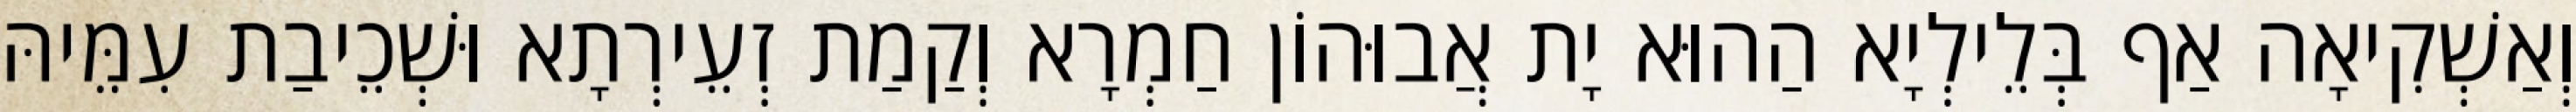
וְאַשְׁקִיאָה אַף בְּלֵילְיָא הַהוּא יָת אֲבוּהוֹן חַמְרָא וְקַמַת זְעֵירְתָא וּשְׁכֵיבַת עִמֵּיהּ